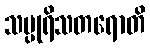
သပ္ပုရိသတရောတိ